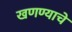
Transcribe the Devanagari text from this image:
खणण्याचे